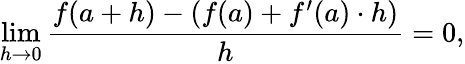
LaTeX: \operatorname*{lim}_{h\to 0}{\frac{f(a+h)-(f(a)+f^{\prime}(a)\cdot h)}{h}}=0,